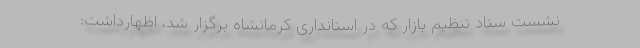
نشست ستاد تنظیم بازار که در استانداری کرمانشاه برگزار شد، اظهارداشت: